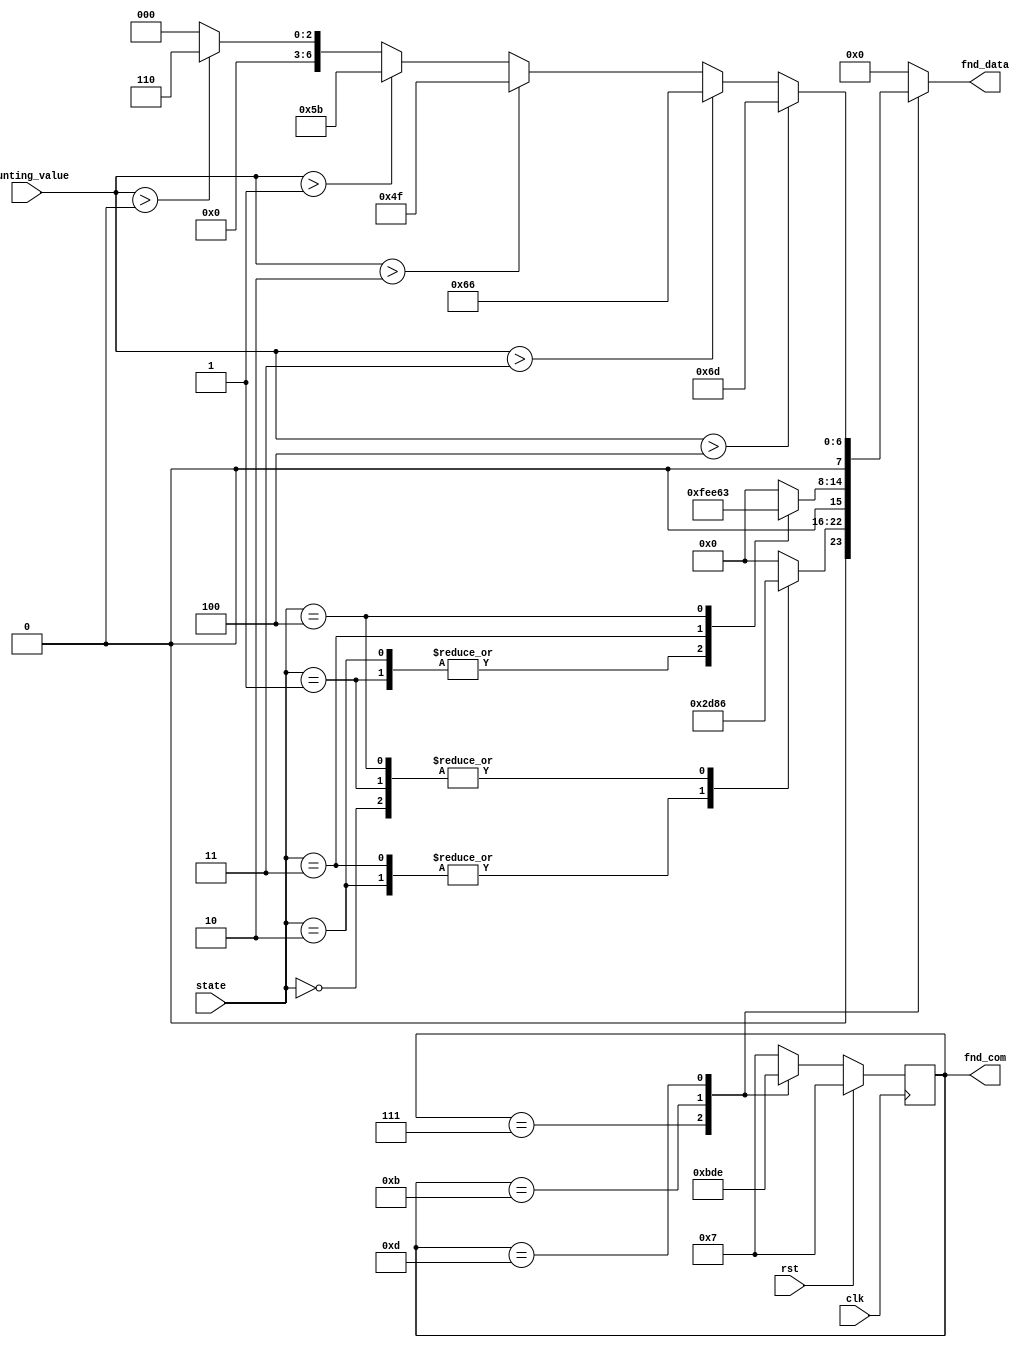
module fnd_ctrl(
    input   wire    rst,
    input   wire    clk,
    input   wire    [2:0]   state,
    input   wire    [2:0]   counting_value,    
    
    output  reg     [3:0]   fnd_com,
    output  reg     [7:0]   fnd_data
);
    
parameter   state_idle          =   3'd0;
parameter   state_floor1        =   3'd1;
parameter   state_floor2        =   3'd2;
parameter   state_going_to_1    =   3'd3;
parameter   state_going_to_2    =   3'd4;

parameter   seg7_print0 =   8'b00111111;
parameter   seg7_print1 =   8'b00000110;
parameter   seg7_print2 =   8'b01011011;
parameter   seg7_print3 =   8'b01001111;
parameter   seg7_print4 =   8'b01100110;
parameter   seg7_print5 =   8'b01101101;
parameter   seg7_print6 =   8'b01111101;
parameter   seg7_print7 =   8'b00100111;
parameter   seg7_print8 =   8'b01111111;
parameter   seg7_print9 =   8'b01101111;
parameter   seg7_print_nothing  =   8'b00000000;

parameter   seg7_print_top_square       =   8'b01100011;
parameter   seg7_print_bottom_square    =   8'b01011100;
parameter   seg7_print_large_square     =   8'b00111111;

reg [7:0]   seg_print[0:3];
always @ (*) begin  //converting the real value to 7segment led configuration data
    seg_print[0]    =   seg7_print_nothing;
    
    if(counting_value > 4)          seg_print[1]    =   seg7_print5;
    else if(counting_value > 3)     seg_print[1]    =   seg7_print4;
    else if(counting_value > 2)     seg_print[1]    =   seg7_print3;
    else if(counting_value > 1)     seg_print[1]    =   seg7_print2;
    else if(counting_value > 0)     seg_print[1]    =   seg7_print1;
    else                            seg_print[1]    =   seg7_print_nothing;
    
    case(state)
        state_idle:         seg_print[2]    =   seg7_print_nothing;
        state_floor1:       seg_print[2]    =   seg7_print_large_square;
        state_floor2:       seg_print[2]    =   seg7_print_large_square;
        state_going_to_1:   seg_print[2]    =   seg7_print_bottom_square;
        state_going_to_2:   seg_print[2]    =   seg7_print_top_square;
        default:            seg_print[2]    =   seg7_print_nothing;
    endcase
    
    case(state)
        state_idle:         seg_print[3]    =   seg7_print1;
        state_floor1:       seg_print[3]    =   seg7_print1;
        state_floor2:       seg_print[3]    =   seg7_print2;
        state_going_to_1:   seg_print[3]    =   seg7_print2;
        state_going_to_2:   seg_print[3]    =   seg7_print1;
        default:            seg_print[3]    =   seg7_print_nothing;
    endcase
end

always @ (posedge clk) begin    //fnd_com rotation for showing segment led one by one very fast 
    if(rst) fnd_com <=  4'b0111;
    else begin
        case(fnd_com)
            4'b0111:    fnd_com <=  4'b1011;
            4'b1011:    fnd_com <=  4'b1101;
            4'b1101:    fnd_com <=  4'b1110;
            4'b1110:    fnd_com <=  4'b0111;
            default:    fnd_com <=  4'b0111;
        endcase
    end
end

always @ (*) begin
    case(fnd_com)
        4'b0111:    fnd_data    =   seg_print[3];
        4'b1011:    fnd_data    =   seg_print[2];
        4'b1101:    fnd_data    =   seg_print[1];
        4'b1110:    fnd_data    =   seg_print[0];
        default:    fnd_data    =   seg7_print_nothing;
    endcase
end

endmodule